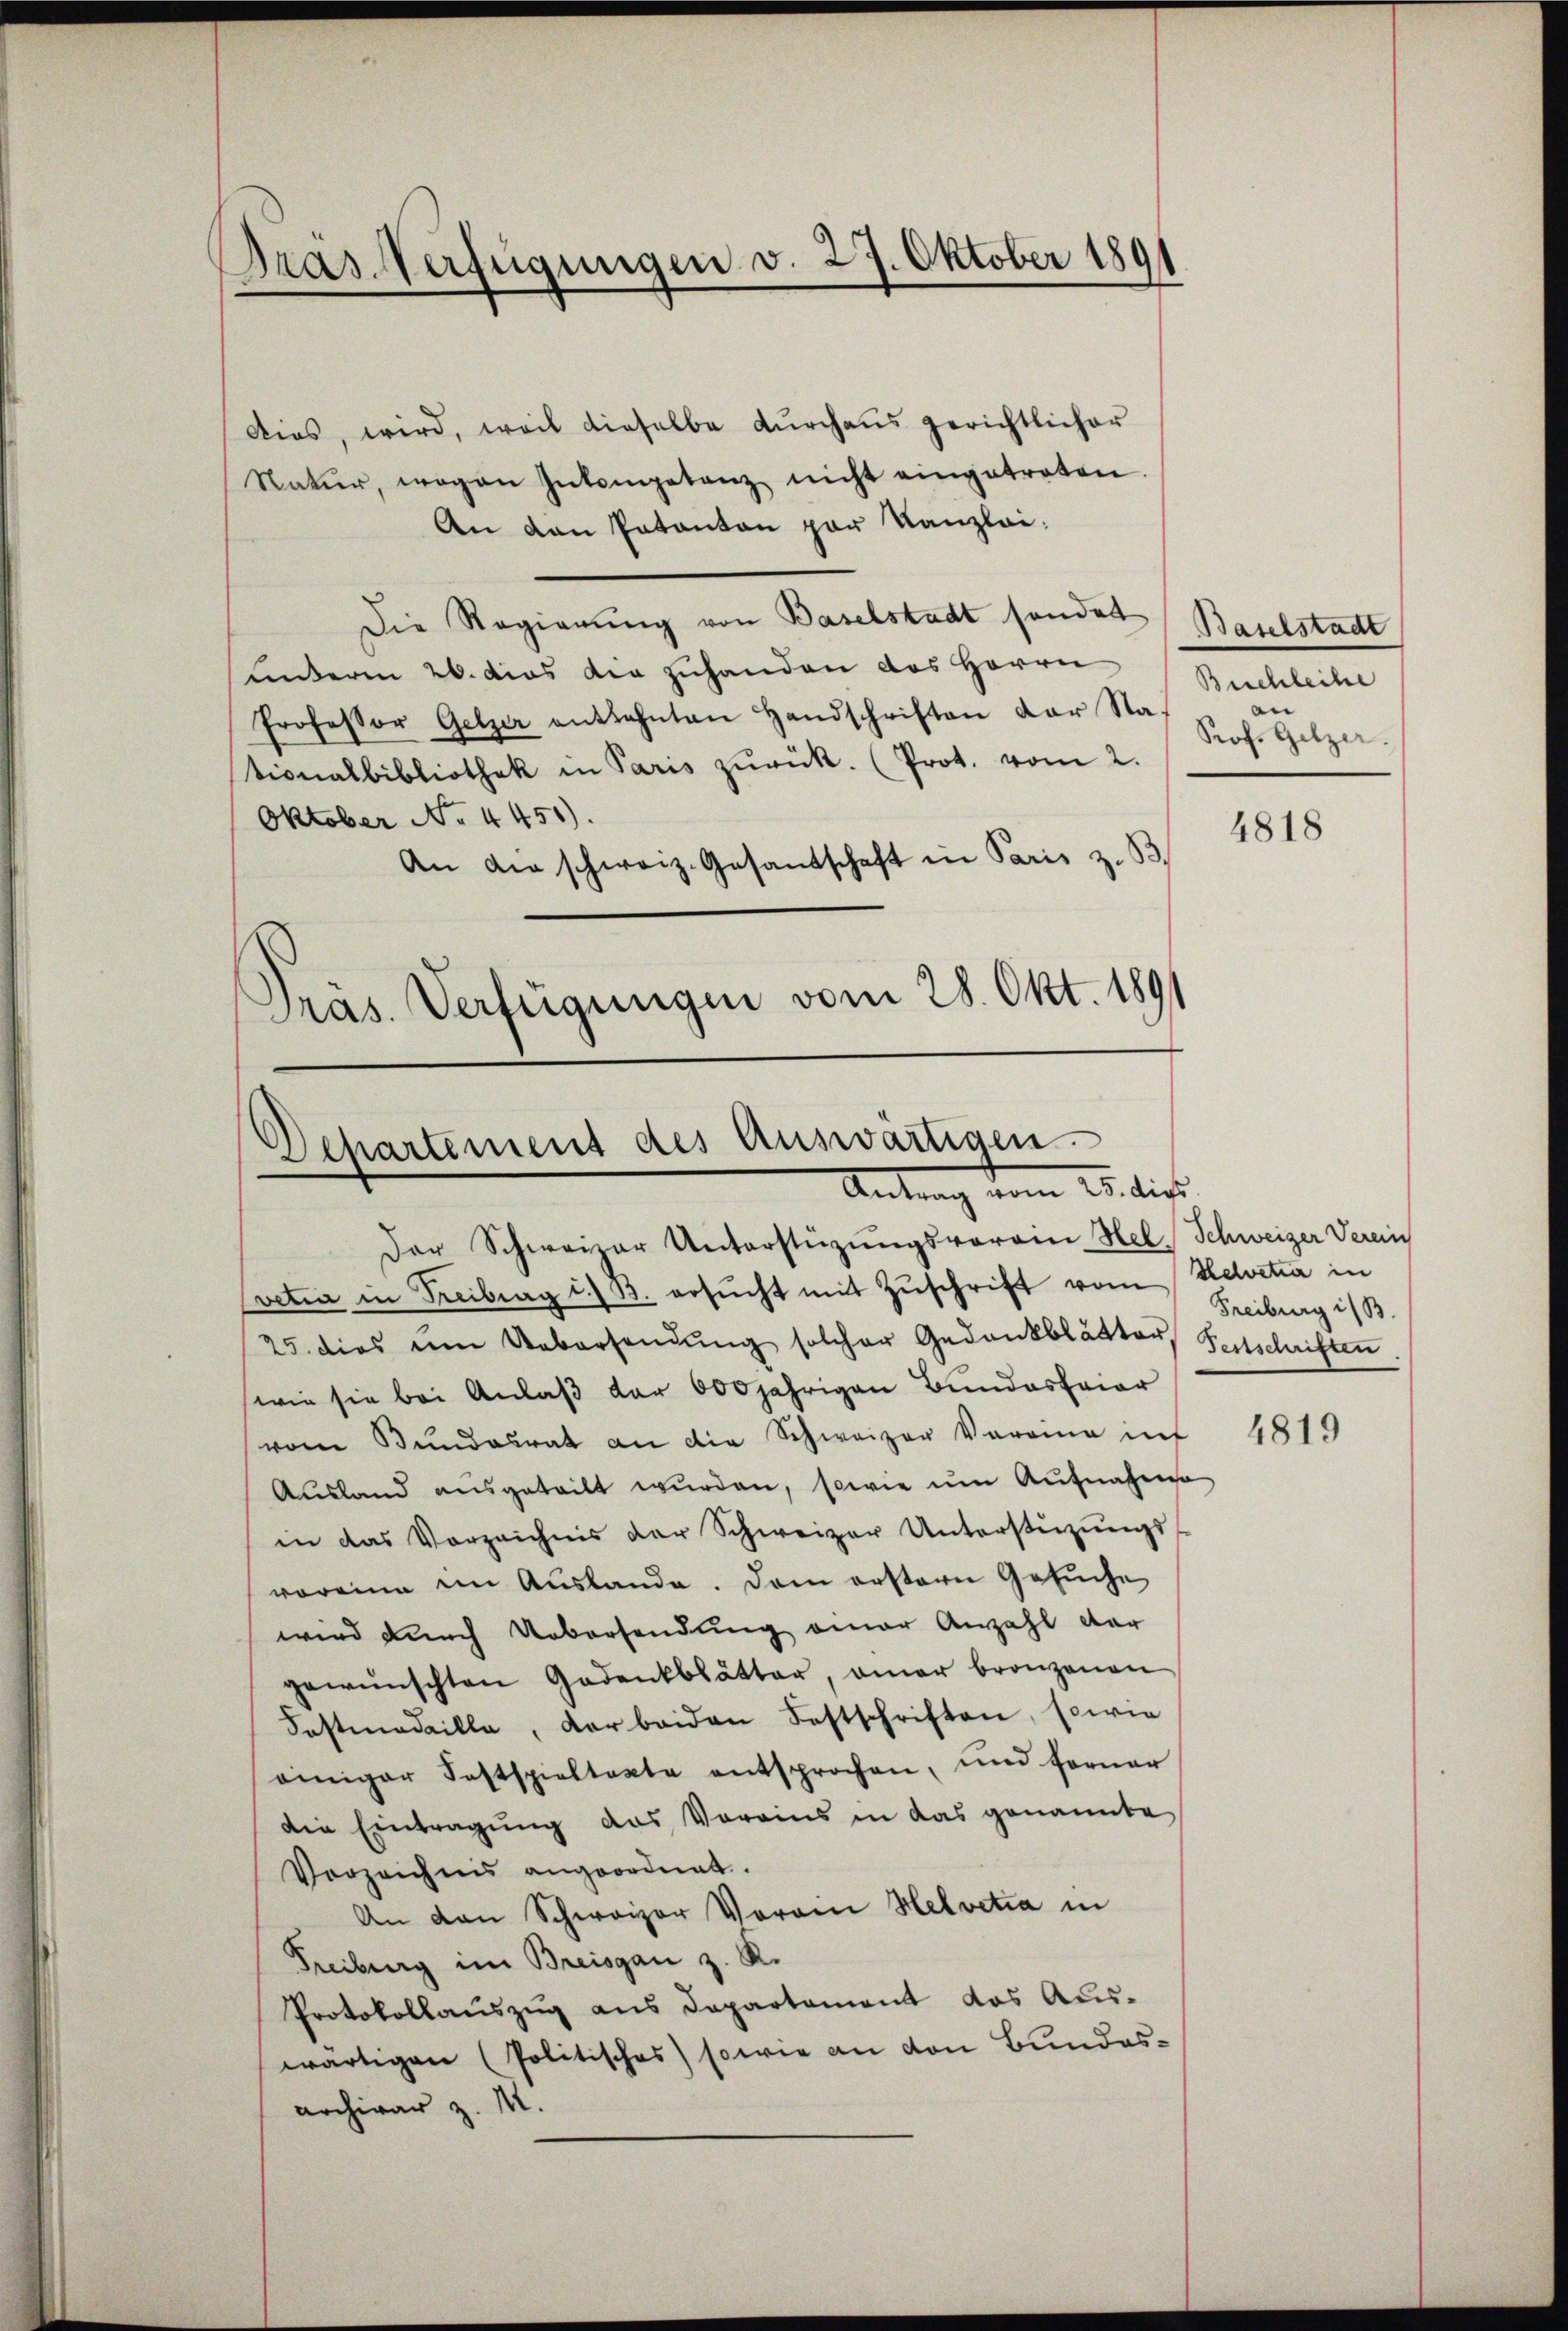
Dras Verfügungen v. 27. Oktober 1891

Aies, wird, weil dieselbe dŭrchaus gerichtlicher
Natur, wogen Intempetanz nicht eingetraten
An van Patanton par Kanzlei.
Die Regierŭng von Baselstadt sonder
unterm 26. das die zuhanden das Herrn
Professor Gelzer entlehnten Handschriften der Na
tionalbibliothek in Paris zŭrück. (Prot. vom 2.
Oktober No 4451).
An die schweiz. Gesandschaft in Paris z. B.
Pras. Verfügungen vom 28. Okt. 1891

Dehartement des Auswärtigen.
Antrag vom 25. dies

Der Schweizer Unterstüzungsvorain Hel. Schweizer Verein
(vetia in Treiberg i. B. ersŭcht mit Zŭschrift vom Helvetia in
25. dies im Uebersendŭng solcher Gedankblätter
(wie sie bei Anlaß der 600jährigen Bundesfrier
vom Bundesrat an die Schweizer Vorrina inf
Ausland ausgeteilt wurden, sowie um Aufnahme
in das Vorzeichnis der Schweizer Unterstützŭngs
voreine im Auslande. Dem erstern Gesuche
wird durch Uebersendung einer Anzahl der
gewünschten Gedenkblätter, aner bronzenen
Fostmedaille, der beiden Festschriften, sowie
einiger Festspieltacte entsprochen, und ferner
die Eintragung das Vorains in das genannte
Vorzeichnis angeordnet.
An den Schweizer Vorain Helvetia in
Freiburg im Breisgau z. R.
Protokollauszug aus Departement das Auswärtigen (Politisches) sowie an von Bundesarchivar z. M.

Baselstadt
Buchleihe
n
Prof. Gelzer.

4818

Freiburg i/B.
Fenschriften

4819